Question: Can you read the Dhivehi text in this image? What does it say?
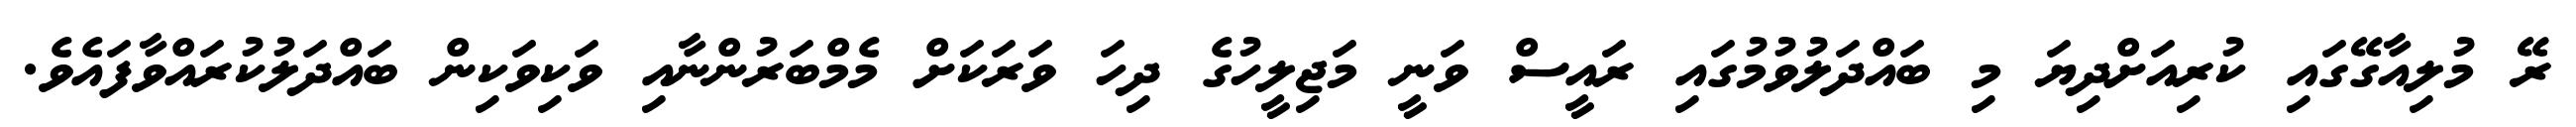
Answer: ރޭ މުލިއާގޭގައި ކުރިއަށްދިޔަ މި ބައްދަލުވުމުގައި ރައީސް ވަނީ މަޖިލީހުގެ ދިހަ ވަރަކަށް މެމްބަރުންނާއި ވަކިވަކިން ބައްދަލުކުރައްވާފައެވެ.